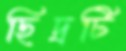
ছিদ্রটি